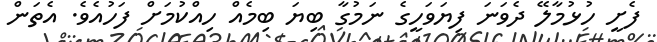
ފެށީ ހުޅުމާލޭ ދެވަނަ ފިޔަވަހީގެ ނަމުގާ ބިޔަ ބިމެއް ހިއްކުމަށް ފަހުއެވެ. އެތަން